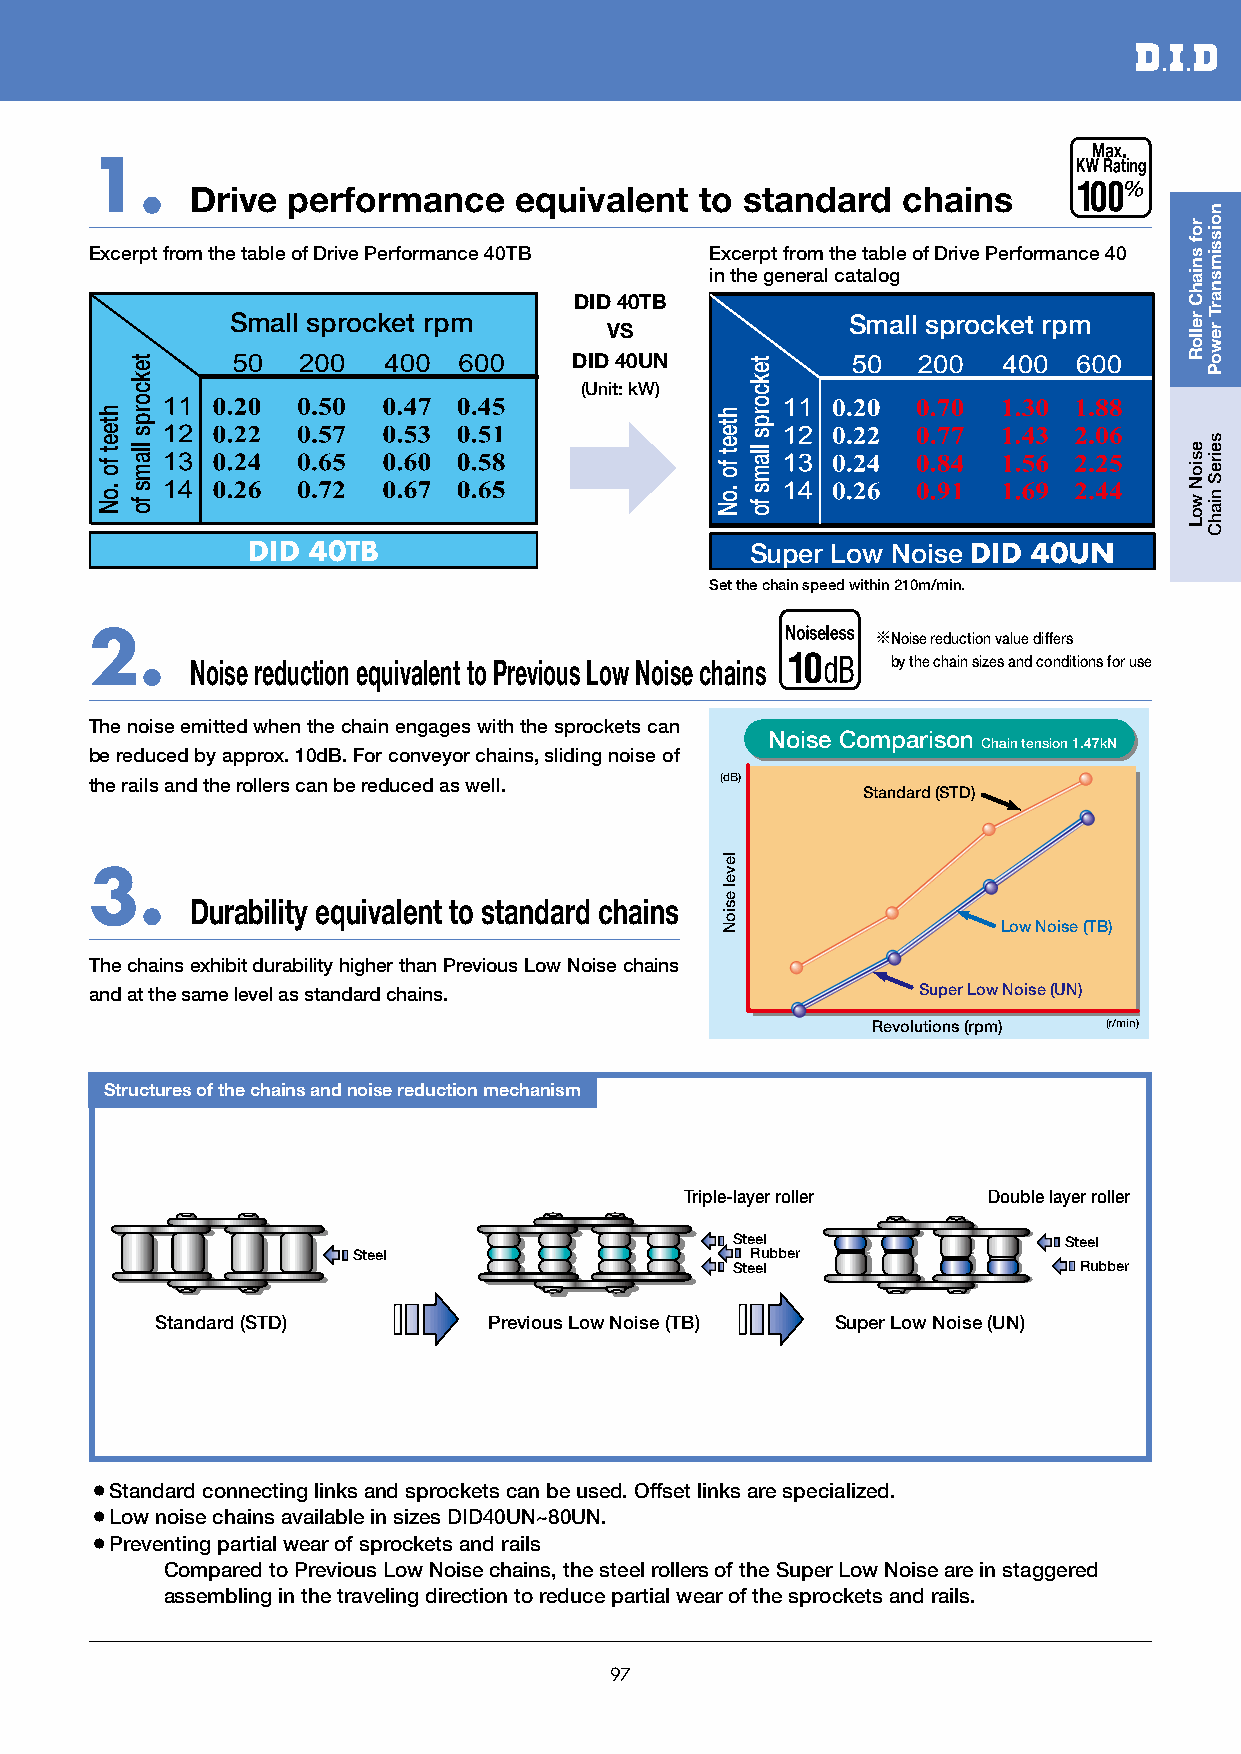
1.
 Drive performance    equivalent  to standard   chains
 Excerpt from the table of Drive Performance 40TB Excerpt from the table of Drive Performance 40
 in the general catalog
 DID 40TB
 Small sprocket rpm                       Small sprocket rpm
 VS
 DID 40UN
 (Unit: kW)
 a
 DID 40TB                          Super Low Noise DID 40UN
 Set the chain speed within 210m/min.
 2.                                                  ※Noise reduction value differs
 Noise reduction equivalent to Previous Low Noise chains by the chain sizes and conditions for use
 The noise emitted when the chain engages with the sprockets can
 Noise Comparison
 Chain tension 1.47kN
 be reduced by approx. 10dB. For conveyor chains, sliding noise of
 the rails and the rollers can be reduced as well. (dB)
 Standard (STD)
 3.
 Durability equivalent to standard chains
 Low Noise (TB)
 The chains exhibit durability higher than Previous Low Noise chains
 and at the same level as standard chains.              Super Low Noise (UN)
 Revolutions (rpm) (r/min)
 Structures of the chains and noise reduction mechanism
 Triple-layer roller Double layer roller
 Steel                 Steel
 Steel                      Rubber
 Steel                  Rubber
 Standard (STD)        Previous Low Noise (TB) Super Low Noise (UN)
 ¡Standard connecting links and sprockets can be used. Offset links are specialized.
 ¡Low noise chains available in sizes DID40UN~80UN.
 ¡Preventing partial wear of sprockets and rails
 Compared to Previous Low Noise chains, the steel rollers of the Super Low Noise are in staggered
 assembling in the traveling direction to reduce partial wear of the sprockets and rails.
 97
 hteet
 fo
 .oN
 tekcorps
 llams
 fo
 hteet
 fo
 .oN
 level
 esioN
 tekcorps
 llams
 fo
 rof
 sniahC
 relloR
 esioN
 woL
 noissimsnarT
 rewoP
 seireS
 niahC